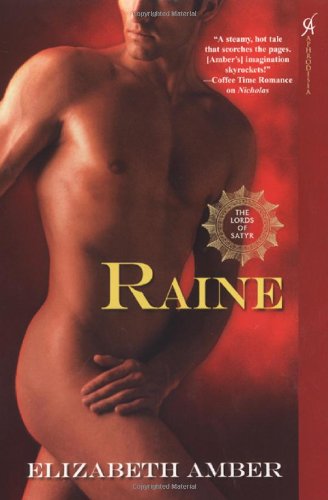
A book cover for Raine: The Lords of Satyr; Elizabeth Amber; Romance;